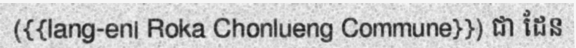
({{lang-en| Roka Chonlueng Commune}}) ជា ដែន